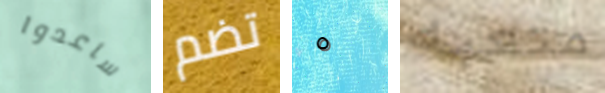
ساعدوا تضم ٥ متعبه